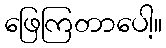
ဖြေကြတာပေါ့။